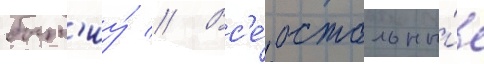
быт'иу́ // Вс'е́ остальны́е